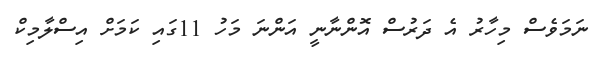
ނަމަވެސް މިހާރު އެ ދަރުސް އޮންނާނީ އަންނަ މަހު 11ގައި ކަމަށް އިސްލާމިކް